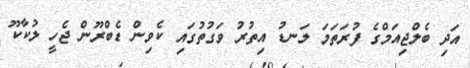
އަދި ބެލްޖިއަމްގެ ފުރަތަމަ ލަނޑު އިތުރު ވަގުތުގައި ކެވިން ޑެބްރޫން ޖެހީ ލުކާކޫ